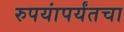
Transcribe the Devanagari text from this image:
रुपयांपर्यंतचा